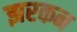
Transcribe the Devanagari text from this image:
झरकन